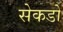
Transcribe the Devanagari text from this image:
सेकडो